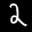
Label: 2